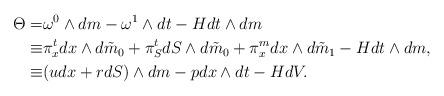
LaTeX: \begin{align*}\Theta=&\omega^0\wedge dm-\omega^1\wedge dt-H dt\wedge dm\\\equiv&\pi_x^t dx\wedge d\tilde{m}_0+\pi^t_S dS\wedge d\tilde{m}_0+ \pi_x^m dx\wedge d\tilde{m}_1-H dt\wedge dm,\\\equiv&(udx+rdS)\wedge dm-pdx\wedge dt-HdV.\end{align*}